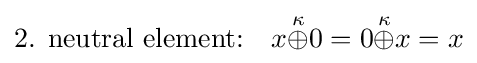
{\text{2. neutral element:}}\quad x{\stackrel {\kappa }{\oplus }}0=0{\stackrel {\kappa }{\oplus }}x=x